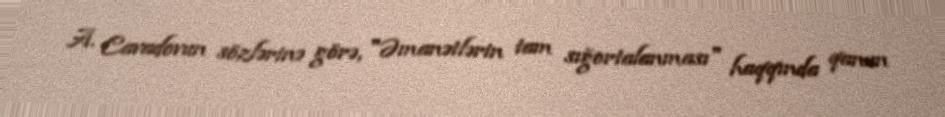
A. Cavadovun sözlərinə görə, "Əmanətlərin tam sığortalanması" haqqında qanun